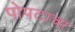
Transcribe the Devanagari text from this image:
पोपटाचा